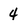
Character: 4